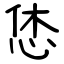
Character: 恷